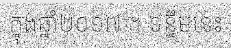
ក្នុងឆ្នាំ២០១៧ ។ ទន្ទឹមនេះ